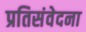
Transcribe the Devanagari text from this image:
प्रतिसंवेदना